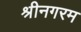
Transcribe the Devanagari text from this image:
श्रीनगरम